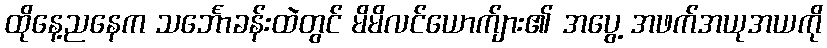
ထိုနေ့ညနေက သင်္ဘောခန်းထဲတွင် မိမိလင်ယောက်ျား၏ အပွေ့ အဖက်အယုအယကို